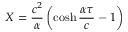
X = { \frac { c ^ { 2 } } { \alpha } } \left( \cosh { \frac { \alpha \tau } { c } } - 1 \right)